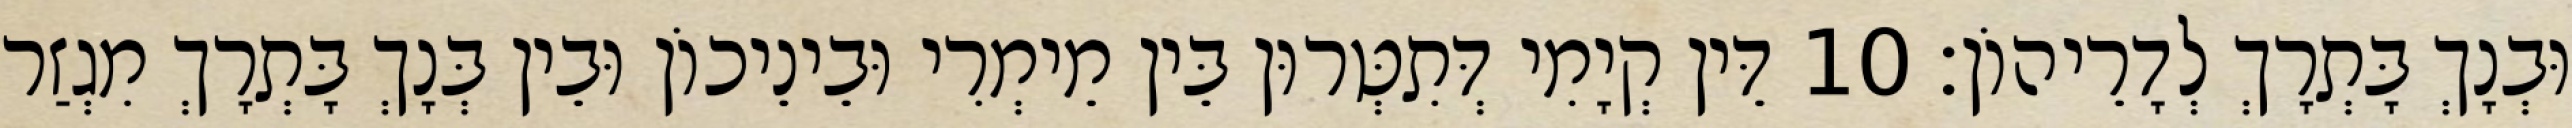
וּבְנָךְ בָּתְרָךְ לְדָרֵיהוֹן׃ 10 דֵּין קְיָמִי דְּתִטְּרוּן בֵּין מֵימְרִי וּבֵינֵיכוֹן וּבֵין בְּנָךְ בָּתְרָךְ מִגְזַר